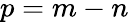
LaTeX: p=m-n